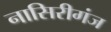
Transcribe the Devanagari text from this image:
नासिरीगंज